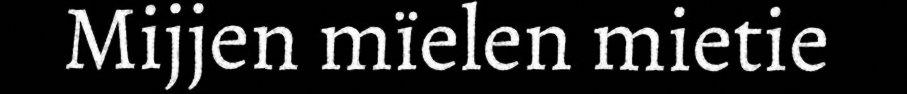
Mijjen mïelen mietie